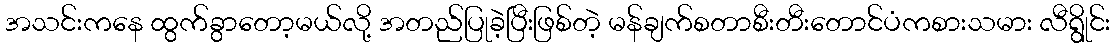
အသင်းကနေ ထွက်ခွာတော့မယ်လို့ အတည်ပြုခဲ့ပြီးဖြစ်တဲ့ မန်ချက်စတာစီးတီးတောင်ပံကစားသမား လီရွိုင်း